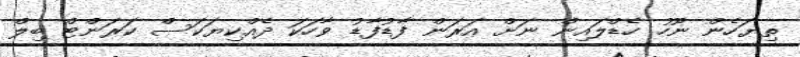
ތިޔަހެން ނޫހު ހެޑްލައިން ނަށް އަރަން ފާޑުފާޑު ވާހަކަ ދެއްކިޔަކަސް ކަރަންޓް ބިލް